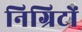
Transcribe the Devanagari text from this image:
निग्रिटों